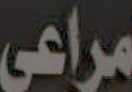
مراعى